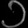
Digit: ၁